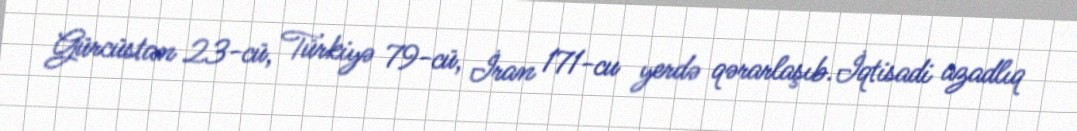
Gürcüstan 23-cü, Türkiyə 79-cü, İran 171-cu yerdə qərarlaşıb.İqtisadi azadlıq